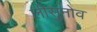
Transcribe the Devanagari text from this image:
लीसुनोव